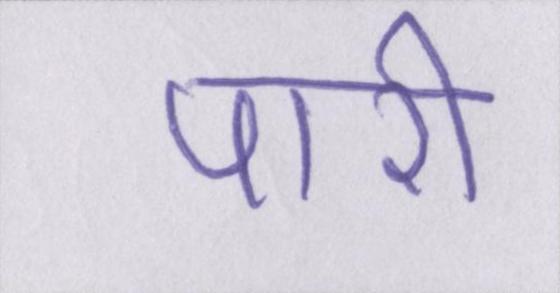
पारी